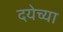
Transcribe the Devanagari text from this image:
दयेच्या